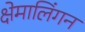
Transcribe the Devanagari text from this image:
क्षेमालिंगन